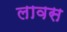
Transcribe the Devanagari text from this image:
लावस